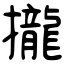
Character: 攏